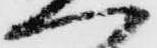
へ